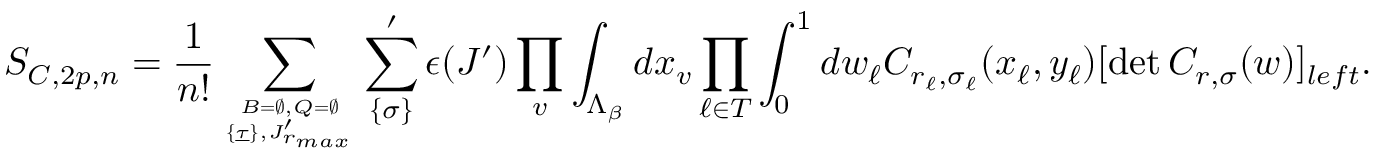
S _ { { \cal C } , 2 p , n } = { \frac { 1 } { n ! } } \sum _ { { \cal B } = \emptyset , { \cal Q } = \emptyset \atop \{ \underline { \tau } \} , { \cal J } _ { r _ { m a x } } ^ { \prime } } \sum _ { \{ { \sigma } \} } ^ { \prime } { \epsilon } ( { \cal J } ^ { \prime } ) \prod _ { v } \int _ { \Lambda _ { \beta } } d x _ { v } \prod _ { \ell \in { \cal T } } \int _ { 0 } ^ { 1 } d w _ { \ell } C _ { r _ { \ell } , { \sigma } _ { \ell } } ( x _ { \ell } , y _ { \ell } ) [ \operatorname* { d e t } C _ { r , { \sigma } } ( w ) ] _ { { l e f t } } .